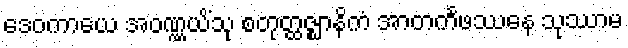
ဒေဝကာယေ အဝဏ္ဏယိံသု စတုတ္ထဇ္ဈာနိကံ အာတင်္ကဖဿေန သုဿာမ